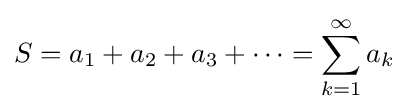
S=a_{1}+a_{2}+a_{3}+\cdots =\sum _{k=1}^{\infty }a_{k}